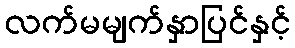
လက်မမျက်နှာပြင်နှင့်